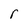
Character: r